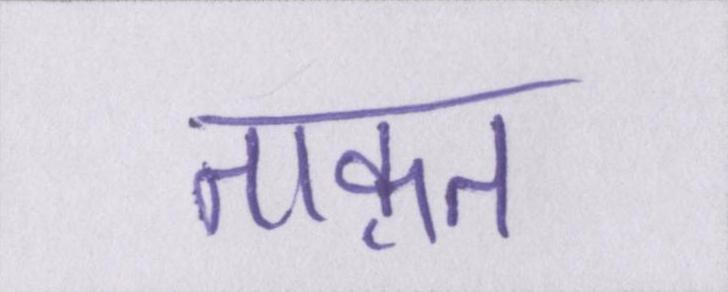
ताक़त